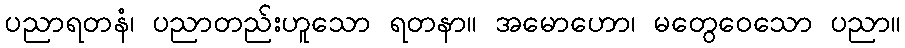
ပညာရတနံ၊ ပညာတည်းဟူသော ရတနာ။ အမောဟော၊ မတွေဝေသော ပညာ။